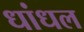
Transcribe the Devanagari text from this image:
धांधल